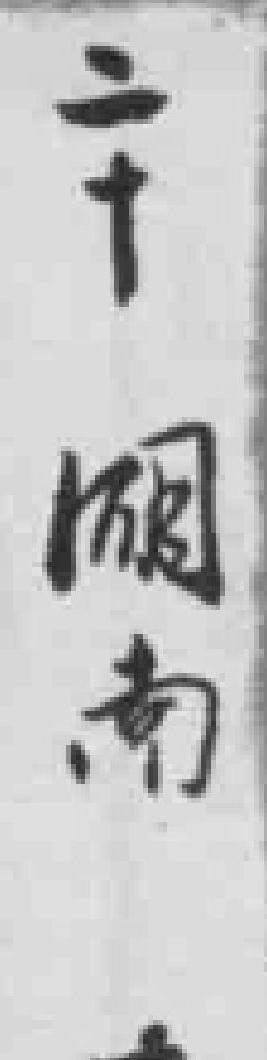
二十湖南